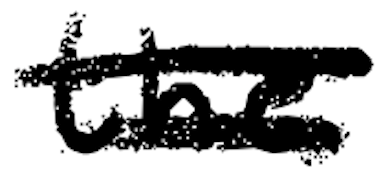
Text: the
Cross-out: double-line
Writing tool: digital_black